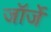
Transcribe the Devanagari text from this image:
जॉर्जे